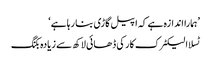
’ہمارا اندازہ ہے کہ اپیل گاڑی بنا رہا ہے‘
ٹسلا الیکٹرک کار کی ڈھائی لاکھ سے زیادہ بکنگ